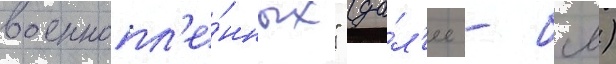
военнопл'е́нных" (да́л'ее - бсв)